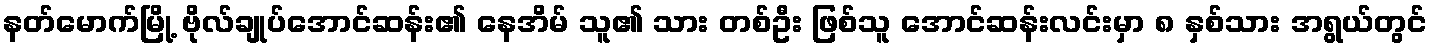
နတ်မောက်မြို့ ဗိုလ်ချုပ်အောင်ဆန်း၏ နေအိမ် သူ၏ သား တစ်ဦး ဖြစ်သူ အောင်ဆန်းလင်းမှာ ၈ နှစ်သား အရွယ်တွင်